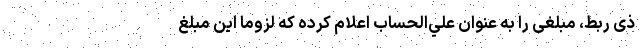
ذی ربط، مبلغی را به‌ عنوان علي‌الحساب اعلام کرده که لزوماً این مبلغ